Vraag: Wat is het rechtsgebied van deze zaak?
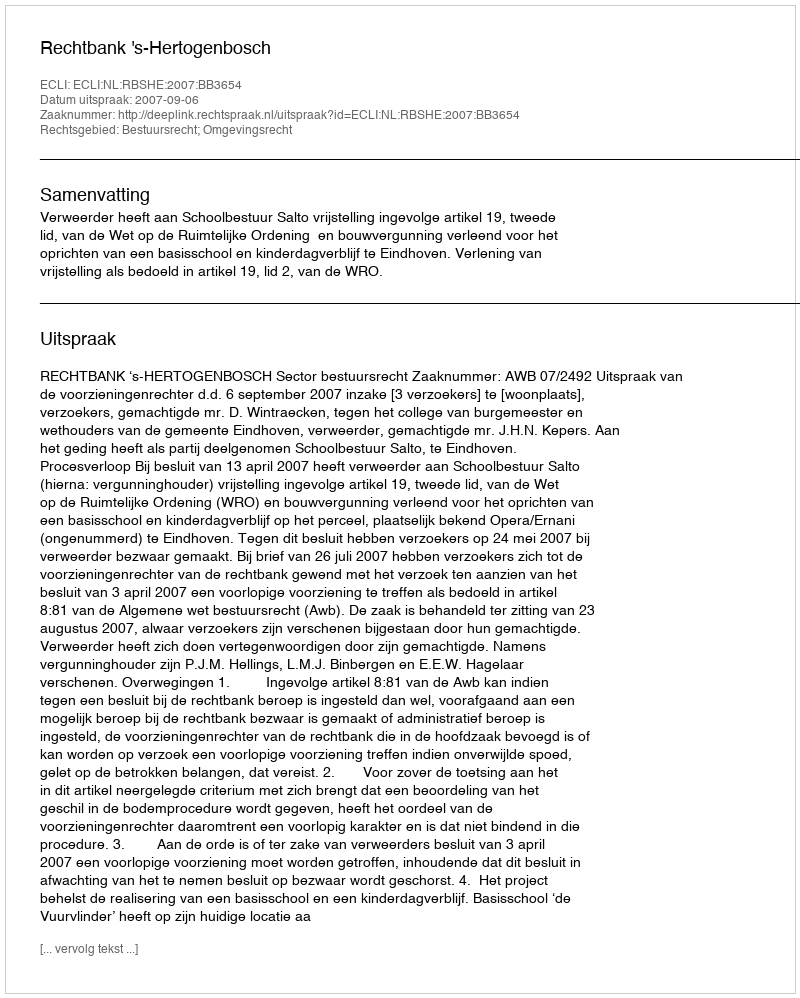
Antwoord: Bestuursrecht; Omgevingsrecht